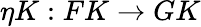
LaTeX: \eta K:FK\to GK